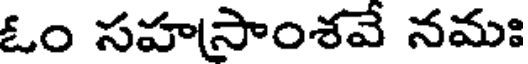
ఓం సహసాంశవే నమః